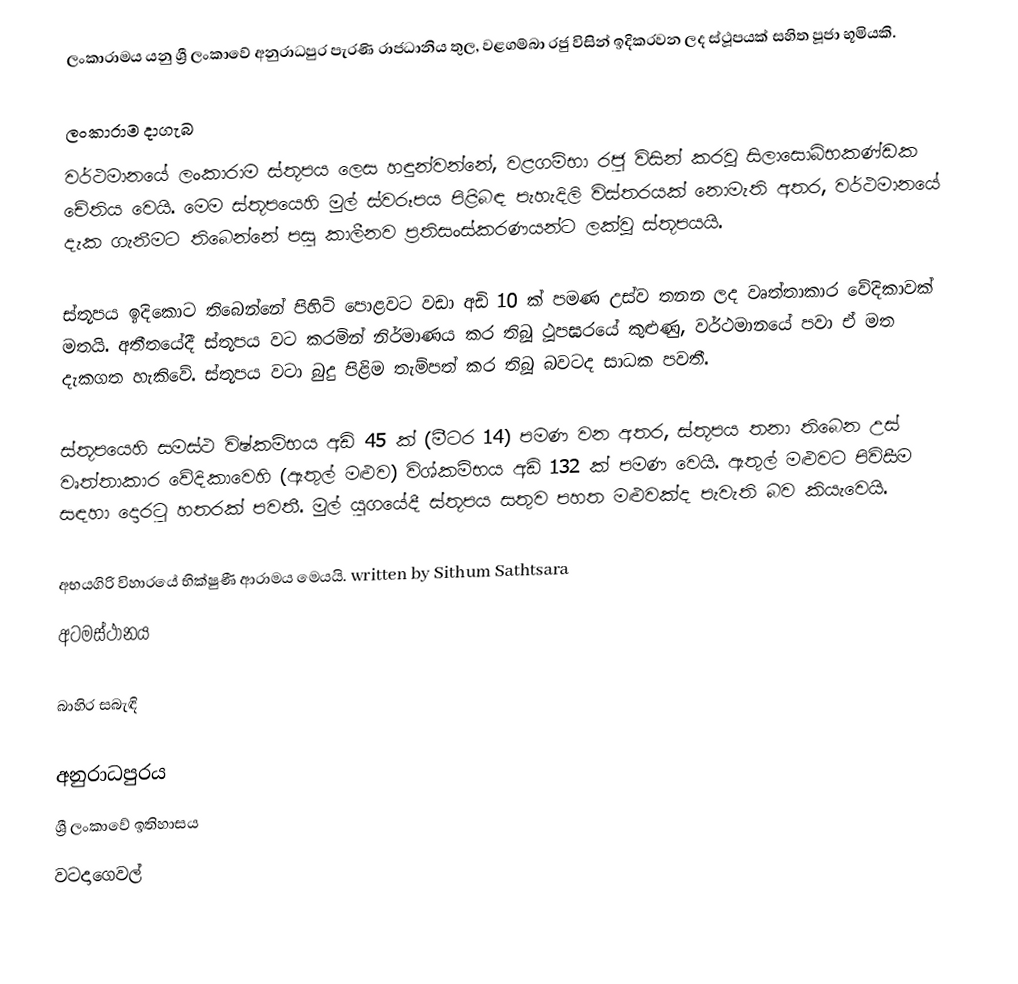
ලංකාරාමය යනු ශ්‍රී ලංකාවේ අනුරාධපුර පැරණි රාජධානිය තුල, වළගම්බා රජු විසින් ඉදිකරවන ලද ස්ථූපයක් සහිත පූජා භූමියකි.

ලංකාරාම දාගැබ
වර්ථමානයේ ලංකාරාම ස්තූපය ලෙස හඳුන්වන්නේ, වළගම්භා රජු විසින් කරවූ සිලාසොබ්භකණ්ඩක චේතිය වෙයි. මෙම ස්තූපයෙහි මුල් ස්වරූපය පිළිබඳ පැහැදිලි විස්තරයක් නොමැති අතර, වර්ථමානයේ දැක ගැනීමට තිබෙන්නේ පසු කාලීනව ප්‍රතිසංස්කරණයන්ට ලක්වූ ස්තූපයයි.

ස්තූපය ඉදිකොට තිබෙන්නේ පිහිටි පොළවට වඩා අඩි 10 ක් පමණ උස්ව තනන ලද වෘත්තාකාර වේදිකාවක් මතයි. අතීතයේදී ස්තූපය වට කරමින් නිර්මාණය කර තිබූ ථූපඝරයේ කුළුණු, වර්ථමානයේ පවා ඒ මත දැකගත හැකිවේ. ස්තූපය වටා බුදු පිළිම තැම්පත් කර තිබූ බවටද සාධක පවතී.

ස්තූපයෙහි සමස්ථ විෂ්කම්භය අඩි 45 ක් (මීටර 14) පමණ වන අතර, ස්තූපය තනා තිබෙන උස් වෘත්තාකාර වේදිකාවෙහි (ඇතුල් මළුව) විශ්කම්භය අඩි 132 ක් පමණ වෙයි. ඇතුල් මළුවට පිවිසීම සඳහා දොරටු හතරක් පවතී. මුල් යුගයේදී ස්තූපය සතුව පහත මළුවක්ද පැවැති බව කියැවෙයි.

අභයගිරි විහාරයේ භික්ෂුණී ආරාමය මෙයයි. written by Sithum Sathtsara
 අටමස්ථානය

බාහිර සබැඳි

අනුරාධපුරය
ශ්‍රී ලංකාවේ ඉතිහාසය
වටදාගෙවල්